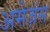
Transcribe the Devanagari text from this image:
अमेज़ंस